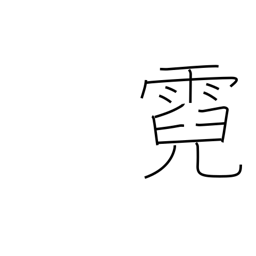
Meaning: rainbow